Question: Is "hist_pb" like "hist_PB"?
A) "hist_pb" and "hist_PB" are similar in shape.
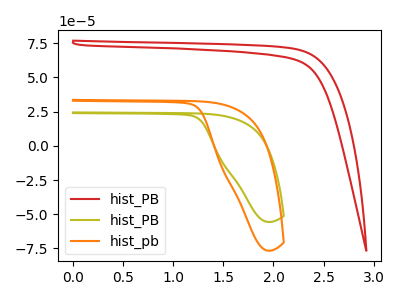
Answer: <think>The red curve "hist_PB" has no peaks. The olive curve "hist_PB" has no peaks. The orange curve "hist_pb" has no peaks.
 Neither "hist_pb" or "hist_PB" have any peaks.</think>
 <answer>A) "hist_pb" and "hist_PB" are similar in shape.</answer>
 <eval>A</eval>